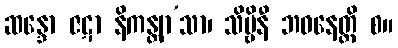
ဆန္ဒော ဇဋာ နိကန္တျာ’သာ၊ သိဗ္ဗိနီ ဘဝနေတ္တိ စ။